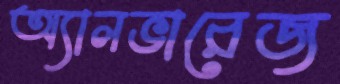
অ্যালভারেজ